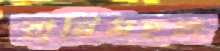
রানিমহল